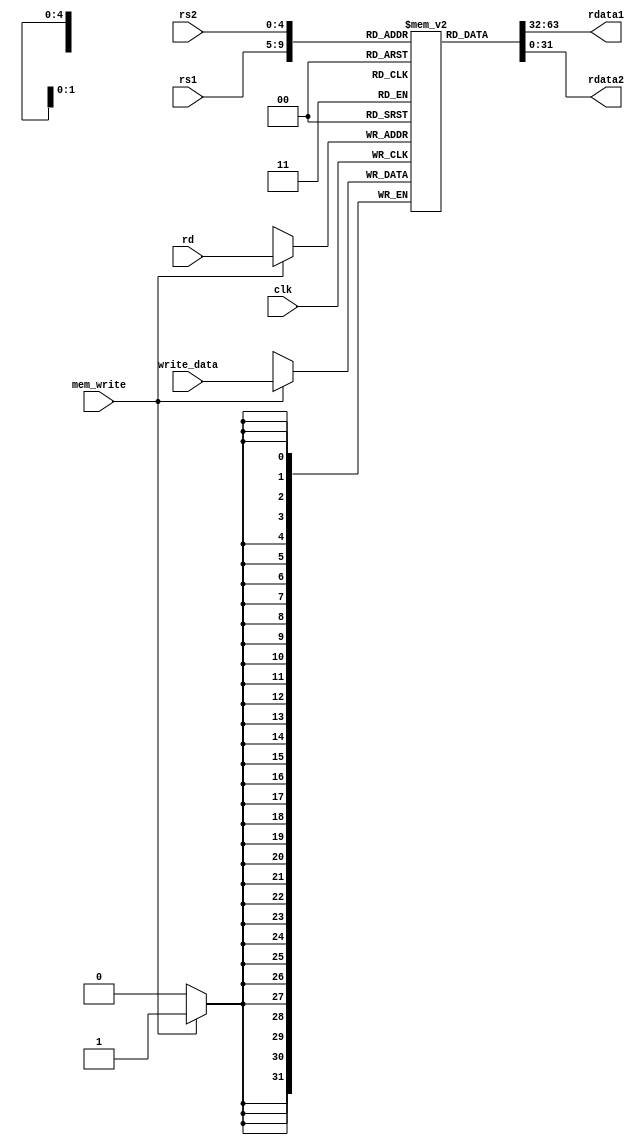

module reg_file(rdata1, rdata2, rs1, rs2, rd, write_data, clk, mem_write);
parameter N=32, Depth = 32;
input [4 : 0] rs1, rs2, rd;
input [N-1 : 0] write_data;
input mem_write, clk;
output [N-1 : 0] rdata1, rdata2;
reg [N-1: 0] memory [Depth-1: 0];

initial begin
memory[0] = 32'd1;
memory[1] = 32'd2;
memory[2] = 32'b1111111111111111111111;
memory[3] = 32'd4;
memory[4] = 32'd5;
memory[5] = 32'd6;
memory[6] = 32'd7;
memory[7] = 32'd8;
memory[8] = 32'd9;
memory[9] = 32'd10;
end
//Read Data
assign rdata1 = memory[rs1];
assign rdata2 = memory[rs2];
//write Data
always @(posedge clk) 
if(mem_write)
memory[rd] = write_data;
endmodule